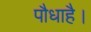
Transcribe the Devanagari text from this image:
पौधाहै।